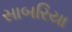
સાબરિયા